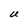
Character: U